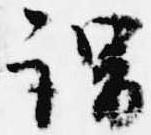
謂